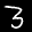
Label: 3